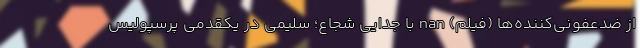
از ضدعفونی‌کننده‌ها (فیلم) nan با جدایی شجاع؛ سلیمی در یکقدمی پرسپولیس